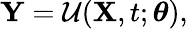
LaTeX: \mathbf{\boldsymbol{Y}}=\mathcal{U}(\mathbf{\boldsymbol{X}},t;\mathbf{\boldsymbol{\theta}}),